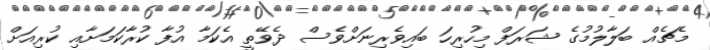
މެޗެއް ބަލާލުމުގެ ޝަރަފް މިހުރިހަ ބައިވެރިނަށްވެސް ދެވޭތީ އެކަމާ އުފާ ކުރާކަމަށާއި ކުރިއަށް